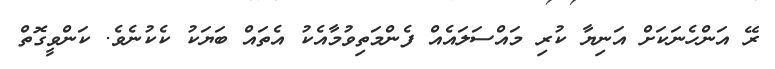
ރޭ އަންހެނަކަށް އަނިޔާ ކުރި މައްސަލައެއް ފެންމަތިވުމާއެކު އެތައް ބަަޔަކު ކެކުނެވެ. ކަންވީގޮތް